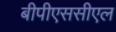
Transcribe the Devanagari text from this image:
बीपीएससीएल